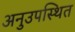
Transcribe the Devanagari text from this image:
अनुउपस्थित